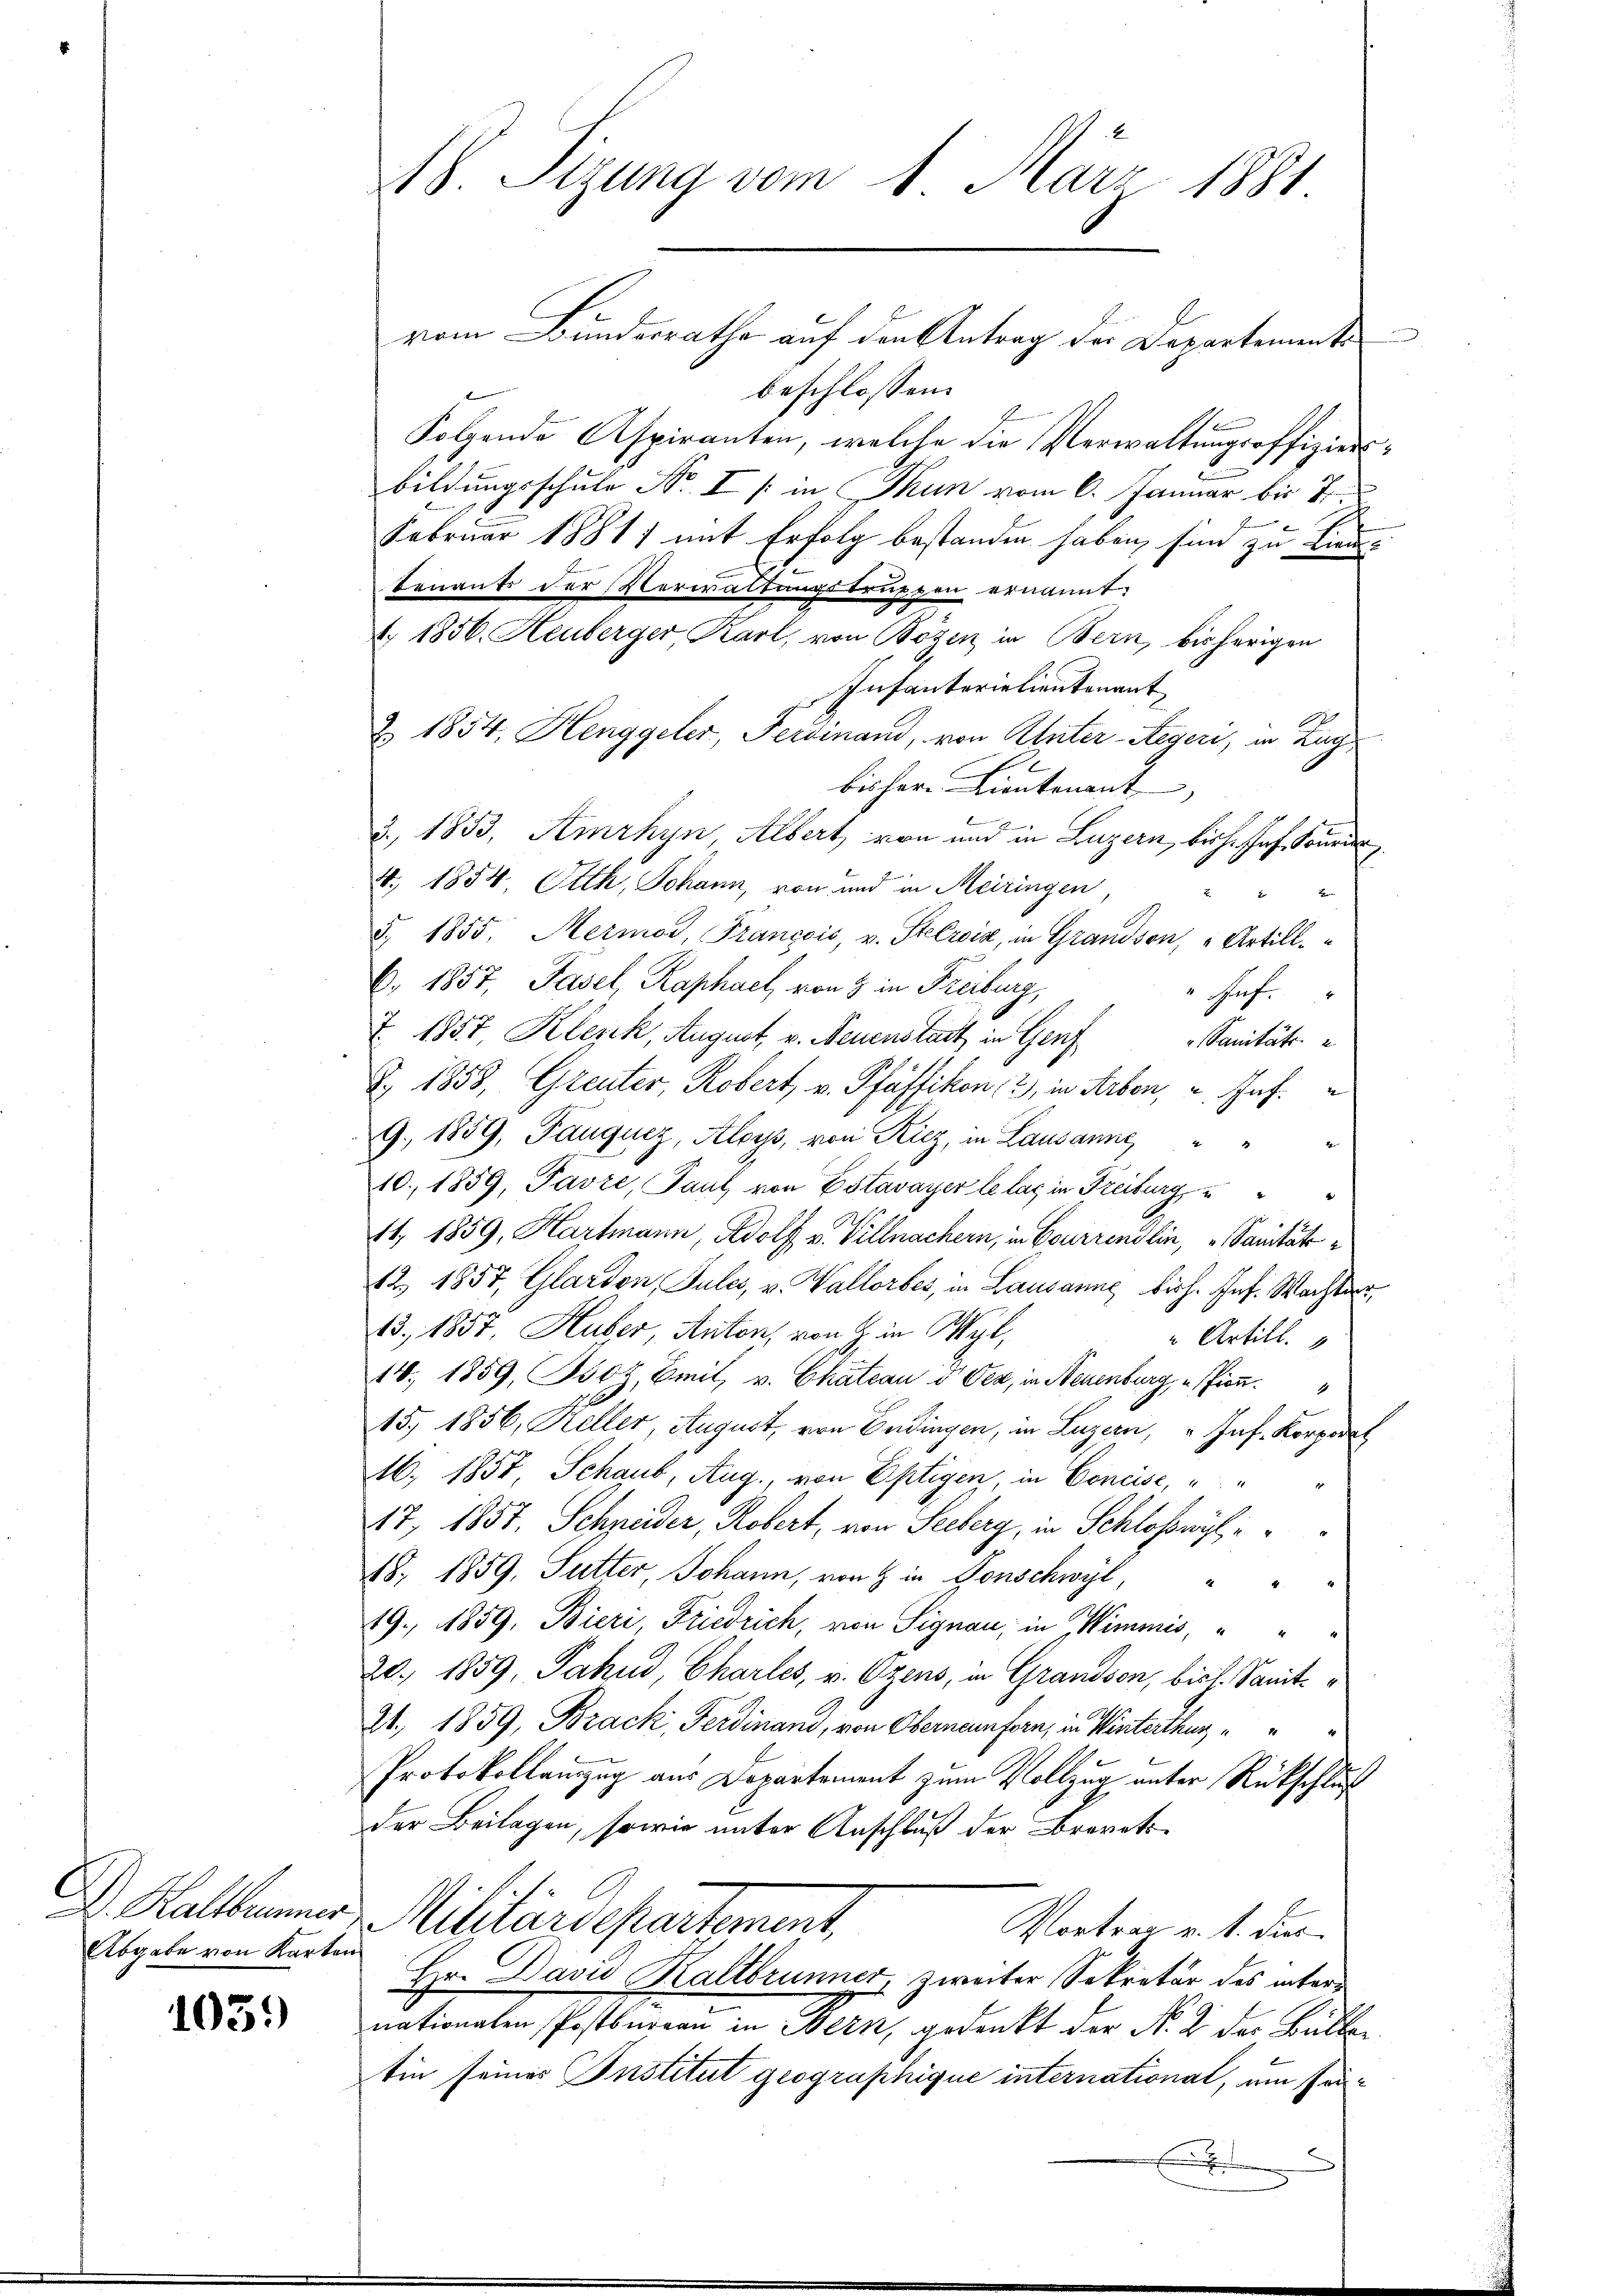
D. Kaltbrunner
Abgabe von Karten

105.)

18. Sizung vom 1. März 1881.

n
vom Bundesrathe auf den Antrag der Departement
beschlossen:
1
Folgende Aspiranten, welche die Verwaltungsoffiziersbildungsschule No I / in Thun vom 6. Januar bis 7.
Februar 18817 mit Erfolg bestanden haben sind zu Lieu¬
Eenants der Verwaltungstrupten ernannt:
Z. 1856. Heuberger Karl, von Bozen in Bern, bisherigen
Infanterialientenant
A
Z. 1834. Henggeler, Ferdinand, von Unter-Regeri, in Lag
bisher Lieutenant
d. 1833, Amrhyn, Albert, von und in Luzern, bisher Jos. Sourde
4. 1854 Otth, Johann, von und in Meiringen,
§. 1855. Mermor, François, v. Stelrois, in Grandson, Artill.
6. 1857, Fasel, Raphael, von 3 in Freiburg,
" Auf
T. 1857 Klenk, August v. Neuenstatt in Genf
Sanitäte.
§. 1858, Greuter Robert v. Pfäffikon (2), in Arbon, u. Haf
9. 1859, Tauquez, Aloys, von Riez, in Lausanne
10. 1859, Favre, Paul von Estavayer le las in Freiburg,
44. 1859, Hartmann, Adolf v. Villnachern, in Courrendlin, Sanitäts¬
12. 1857, Glardon, Jules, v. Vallorber, in Lausanne bisch. Inf. Wachter
13., 1857, Huber, Anton, von H. in Wyl,
" Artill.
14. 1859, Boz, Emit, v. Chateau d Oez, in Neuenburg, ession.
15. 1856, Keller, August, von Endingen, in Luzern, "Inf. Korporat
M. 1857, Schaub, Aug., von Eptigen, in Concise,
17, 1857, Schneider, Robert, von Seeberg, in Schloßwyl, e
418. 1859, Sutter, Johann, von & in Donschwyl,
19., 1859, Bieri, Friedrich, von Signau, in Wimmis,
20. 1859, Fahnd, Chartes, v. Ozens, in Grandson, bist. Sanit¬
21. 1859, Brack, Ferdinand, von Oberneunforn, in Winterthur
Protokollauszug aus Departement zum Vollzug unter Rückschluß
der Beilagen, sowie unter Anschluß der Brorats¬
Militärdepartement.
Vortrag v. 1. dies
Hr. David Kaltbrunner, zweiter Sekretär des internationalen Postbureau in Bern, gedenkt der Nr. 2 der Bulle
tin seines Institut geographique international, um Präx